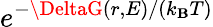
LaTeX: e^{{-\DeltaG(r,E)}/{(k_{\mathbf{B}}T)}}